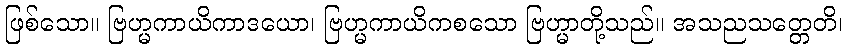
ဖြစ်သော။ ဗြဟ္မကာယိကာဒယော၊ ဗြဟ္မကာယိကစသော ဗြဟ္မာတို့သည်။ အသညသတ္တေတိ၊